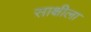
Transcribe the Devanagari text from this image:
साक्षीला